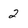
Character: 2